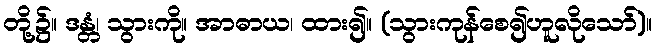
တို့၌။ ဒန္တံ၊ သွားကို။ အာဓာယ၊ ထား၍။ (သွားကုန်စေ၍ဟူလိုသော်)။